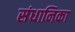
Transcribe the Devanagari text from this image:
संधानिका